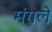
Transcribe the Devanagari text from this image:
मंगले